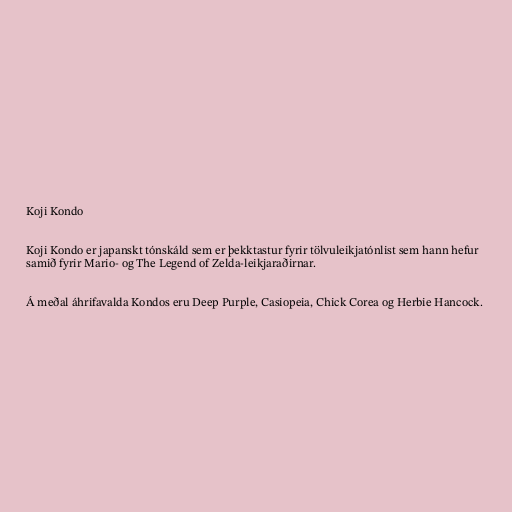
Koji Kondo

Koji Kondo er japanskt tónskáld sem er þekktastur fyrir tölvuleikjatónlist sem hann hefur
samið fyrir Mario- og The Legend of Zelda-leikjaraðirnar.

Á meðal áhrifavalda Kondos eru Deep Purple, Casiopeia, Chick Corea og Herbie Hancock.